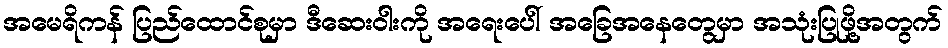
အမေရိကန် ပြည်ထောင်စုမှာ ဒီဆေးဝါးကို အရေးပေါ် အခြေအနေတွေမှာ အသုံးပြုဖို့အတွက်